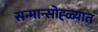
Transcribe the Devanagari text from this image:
सन्मान्सोह्ळ्यात